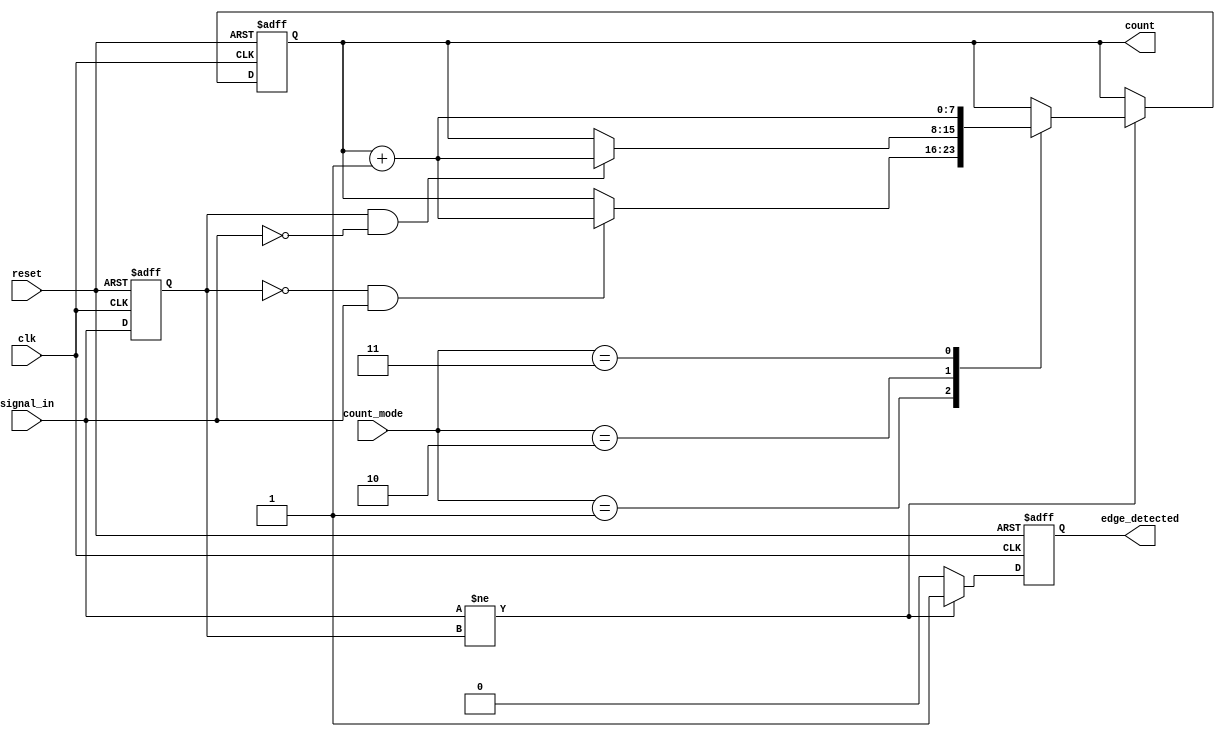
module edge_counter #(
    parameter COUNTER_WIDTH = 8 // Parameter to define the width of the counter
)(
    input wire clk,               // Clock signal
    input wire reset,             // Asynchronous reset signal
    input wire signal_in,         // Input signal for edge detection
    input wire [1:0] count_mode,  // Control signal for counting mode
    output reg [COUNTER_WIDTH-1:0] count, // Output count
    output reg edge_detected       // Edge detected signal
);

    // State register to hold the previous state of signal_in
    reg signal_in_prev;

    // Edge detection and counting logic
    always @(posedge clk or posedge reset) begin
        if (reset) begin
            count <= 0;                // Reset the counter
            edge_detected <= 0;        // Clear edge detected signal
            signal_in_prev <= 0;       // Initialize previous state
        end else begin
            edge_detected <= 0;        // Clear edge detected signal on each clock cycle
            
            // Edge detection logic
            if (signal_in != signal_in_prev) begin
                edge_detected <= 1;     // An edge has been detected
                
                // Count based on the count_mode
                case (count_mode)
                    2'b00: begin
                        // Count none (do nothing)
                    end
                    2'b01: begin
                        // Count rising edges
                        if (signal_in_prev == 0 && signal_in == 1) begin
                            count <= count + 1; // Increment count for rising edge
                        end
                    end
                    2'b10: begin
                        // Count falling edges
                        if (signal_in_prev == 1 && signal_in == 0) begin
                            count <= count + 1; // Increment count for falling edge
                        end
                    end
                    2'b11: begin
                        // Count both edges
                        count <= count + 1; // Increment count for both edges
                    end
                endcase
            end
            
            // Update previous state
            signal_in_prev <= signal_in;
        end
    end

endmodule